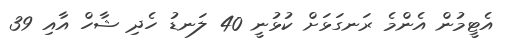
އެޓީމުން އެންމެ ރަނގަޅަށް ކުޅުނީ 40 ލަނޑު ހެދި ޝާހް އާއި 39